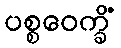
ပစ္စဝေက္ခိံ